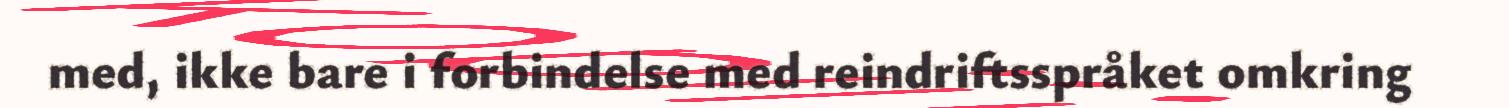
med, ikke bare i forbindelse med reindriftsspråket omkring